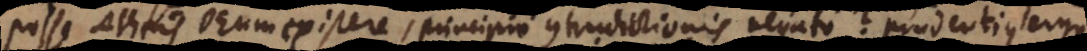
posse Atheis Deum existere, principio contradictionis negato? Prudentius ergo